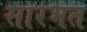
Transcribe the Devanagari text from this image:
सारभत